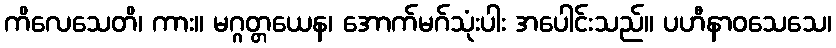
ကိလေသေတိ၊ ကား။ မဂ္ဂတ္တယေန၊ အောက်မဂ်သုံးပါး အပေါင်းသည်။ ပဟီနာဝသေသေ၊